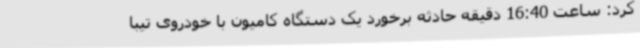
کرد: ساعت 16:40 دقیقه حادثه برخورد یک دستگاه کامیون با خودروی تیبا